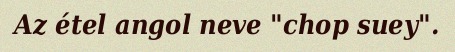
Az étel angol neve "chop suey".